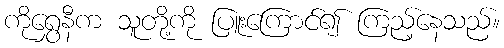
ကိုရွှေနီက သူတို့ကို ပြူးကြောင်၍ ကြည့်နေသည်။